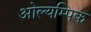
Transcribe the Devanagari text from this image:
ओल्यम्पिक